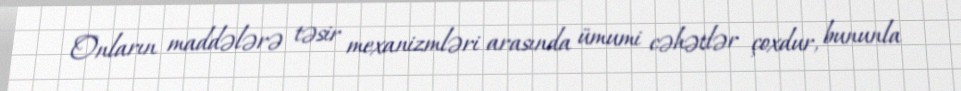
Onların maddələrə təsir mexanizmləri arasında ümumi cəhətlər çoxdur, bununla